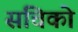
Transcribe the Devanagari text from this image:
संचिको